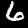
Label: 6